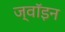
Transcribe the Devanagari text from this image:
ज्‍वॉइन